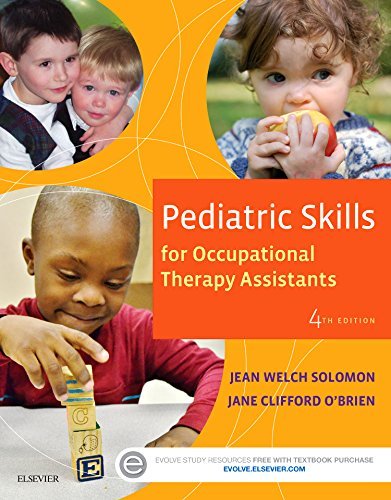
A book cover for Pediatric Skills for Occupational Therapy Assistants, 4e; Jean W. Solomon MHS  OTR/L; Medical Books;